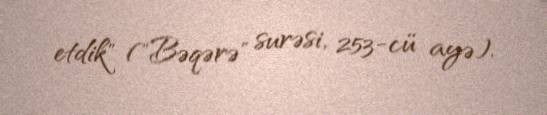
etdik" ("Bəqərə" surəsi, 253-cü ayə).